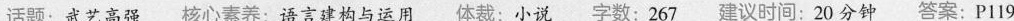
话题：武艺高强核心素养：语言建构与运用体裁：小说字数：267建议时间：20分钟答案：P119